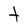
Character: t